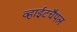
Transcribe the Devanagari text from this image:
व्हाईटचैपल